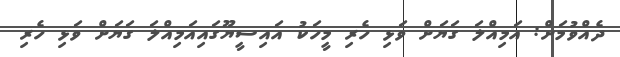
ދެއްވުމަށް: އަމިއްލަ ގަޔަށް ވަޅި ހެރި މީހަކު އައިސީޔޫގައިއަމިއްލަ ގަޔަށް ވަޅި ހެރި